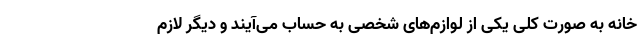
خانه به صورت کلی یکی از لوازم‌های شخصی به حساب می‌آیند و دیگر لازم